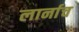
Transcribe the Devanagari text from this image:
लार्नाच